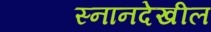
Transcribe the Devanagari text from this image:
स्नानदेखील